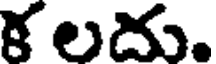
క లదు.